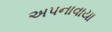
અપનાવાયા